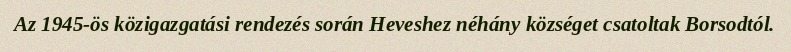
Az 1945-ös közigazgatási rendezés során Heveshez néhány községet csatoltak Borsodtól.